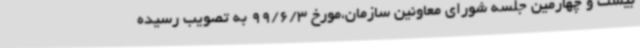
بیست و چهارمین جلسه شورای معاونین سازمان،مورخ 99/6/3 به تصویب رسیده